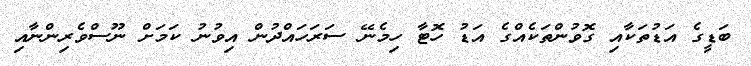
ބަޑީގެ އަޑުތަކާއި ގޮވުންތަކެއްގެ އަޑު ހޮޓާ ހިމެނޭ ސަރަހައްދުން އިވުނު ކަމަށް ނޫސްވެރިންނާއި